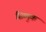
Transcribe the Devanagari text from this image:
सिम्मुक